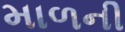
માળની